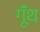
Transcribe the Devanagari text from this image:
गूॅंथ